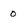
Character: 0